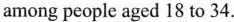
among people aged 18 to 34.